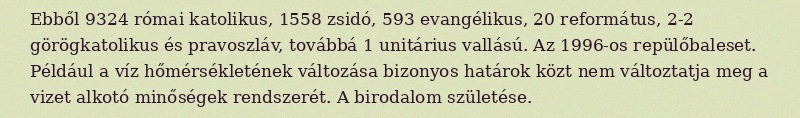
Ebből 9324 római katolikus, 1558 zsidó, 593 evangélikus, 20 református, 2-2 görögkatolikus és pravoszláv, továbbá 1 unitárius vallású. Az 1996-os repülőbaleset. Például a víz hőmérsékletének változása bizonyos határok közt nem változtatja meg a vizet alkotó minőségek rendszerét. A birodalom születése.